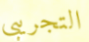
التجريبي